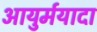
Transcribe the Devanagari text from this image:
आयुर्मयादा